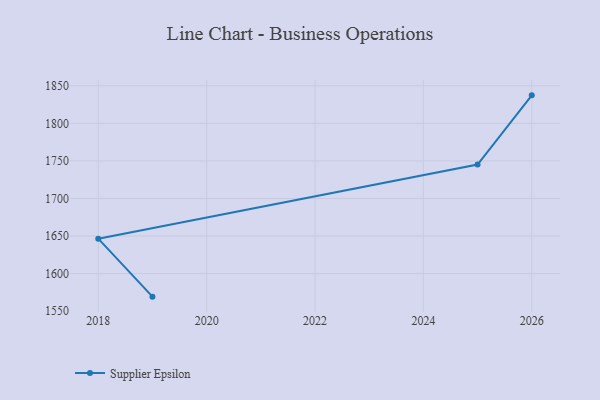
{"axis": {"x": "Year", "y": "Net Income (USD K)"}, "legend": ["Supplier Epsilon"], "data": [{"x": "2019", "y": 1569.3, "type": "Supplier Epsilon"}, {"x": "2018", "y": 1646.5, "type": "Supplier Epsilon"}, {"x": "2025", "y": 1745.2, "type": "Supplier Epsilon"}, {"x": "2026", "y": 1837.3, "type": "Supplier Epsilon"}]}